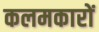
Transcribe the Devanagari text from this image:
कलमकारों